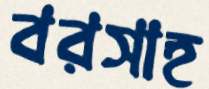
বরসাহ